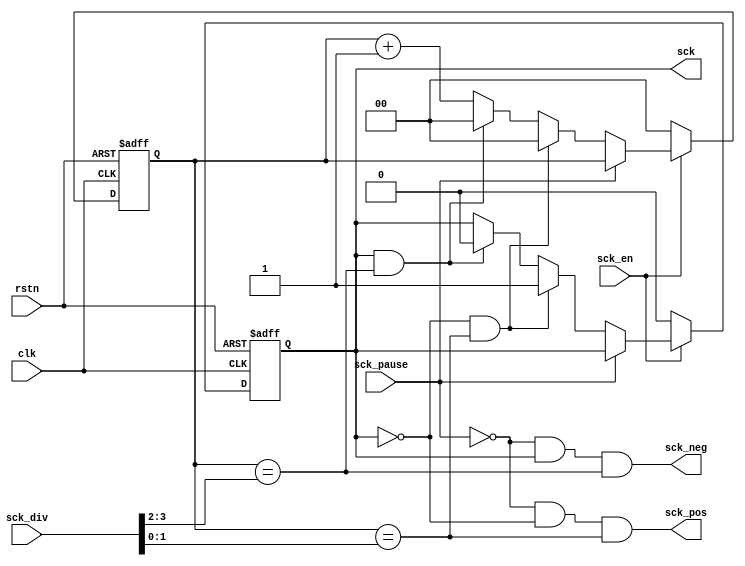

module psram_clk (
    input rstn,
    input clk,
    input sck_en,
    input sck_pause,
    input [3:0] sck_div,
    output sck_neg,
    output sck_pos, // due to clk delay, use sck_pos will cause read date earlier than we want, may cause problems!!!
    output reg sck
);

// signals
reg [1:0] cnt; wire [1:0] hi_div, lo_div;
// alias
assign lo_div = sck_div[1:0];
assign hi_div = sck_div[3:2];
// output
assign sck_neg = (sck_pause == 0) && (sck == 1) && (cnt == hi_div);
assign sck_pos = (sck_pause == 0) && (sck == 0) && (cnt == lo_div);
// cnt & sck
always @(posedge clk or negedge rstn)
    if (~rstn) begin
        cnt <= 0;
        sck <= 0;
    end
    else if (sck_en) begin
        if (~sck_pause) begin
            if (sck == 0 && cnt == lo_div) begin
                sck <= 1;
                cnt <= 0;
            end
            else if (sck == 1 && cnt == hi_div) begin
                sck <= 0;
                cnt <= 0;
            end
            else begin
                cnt <= cnt + 1;
            end
        end
    end
    else begin // disable
        cnt <= 0;
        sck <= 0;
    end

endmodule